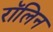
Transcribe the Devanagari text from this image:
रॉलिन